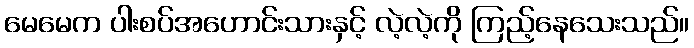
မေမေက ပါးစပ်အဟောင်းသားနှင့် လဲ့လဲ့ကို ကြည့်နေသေးသည်။